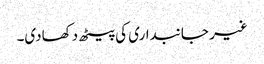
غیر جانبداری کی پیٹھ دکھادی۔